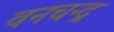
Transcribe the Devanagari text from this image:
वनचन्द्र